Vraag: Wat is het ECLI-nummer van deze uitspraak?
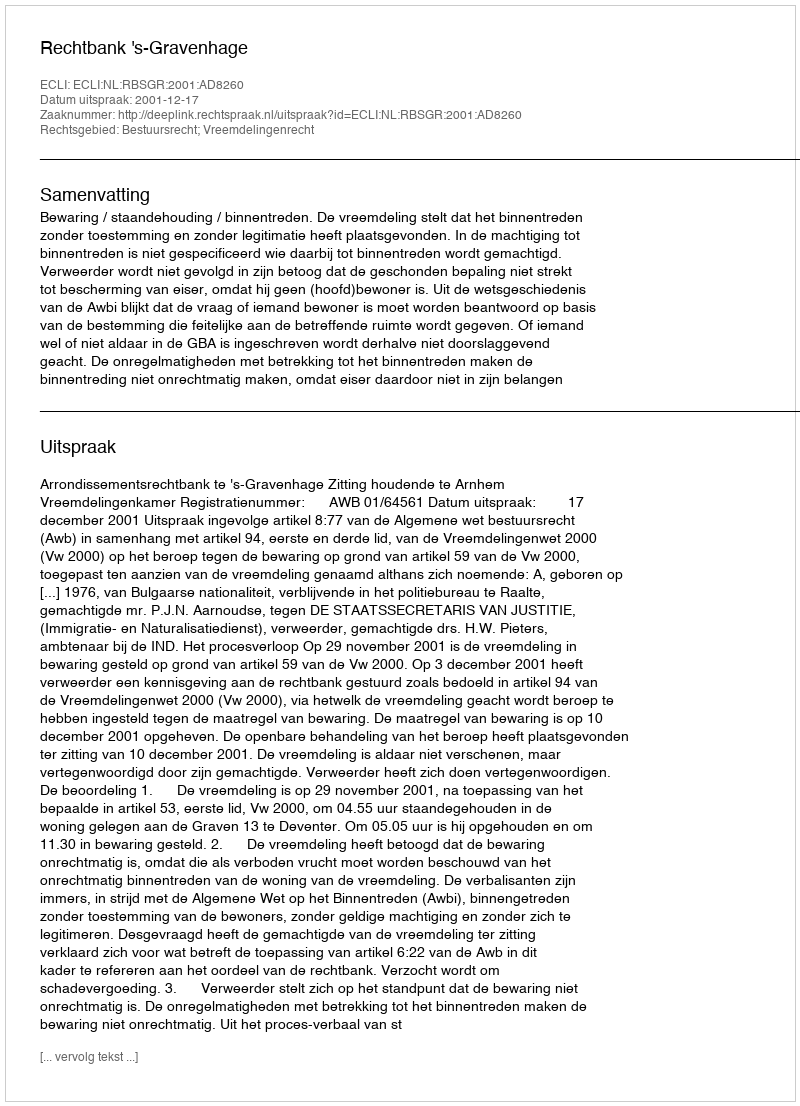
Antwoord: ECLI:NL:RBSGR:2001:AD8260